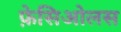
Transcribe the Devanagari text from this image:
फ़ेसिओलस